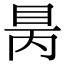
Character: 𥅙